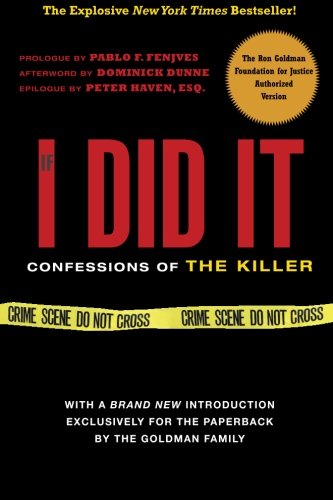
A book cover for If I Did It: Confessions of the Killer; O. J. Simpson; Biographies & Memoirs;